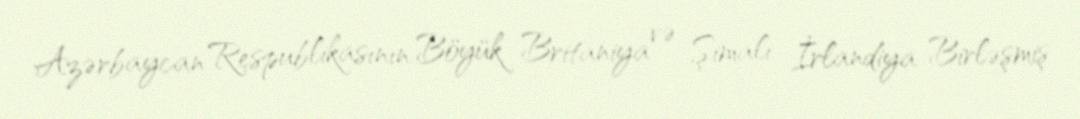
Azərbaycan Respublikasının Böyük Britaniya və Şimali İrlandiya Birləşmiş